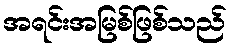
အရင်းအမြစ်ဖြစ်သည်